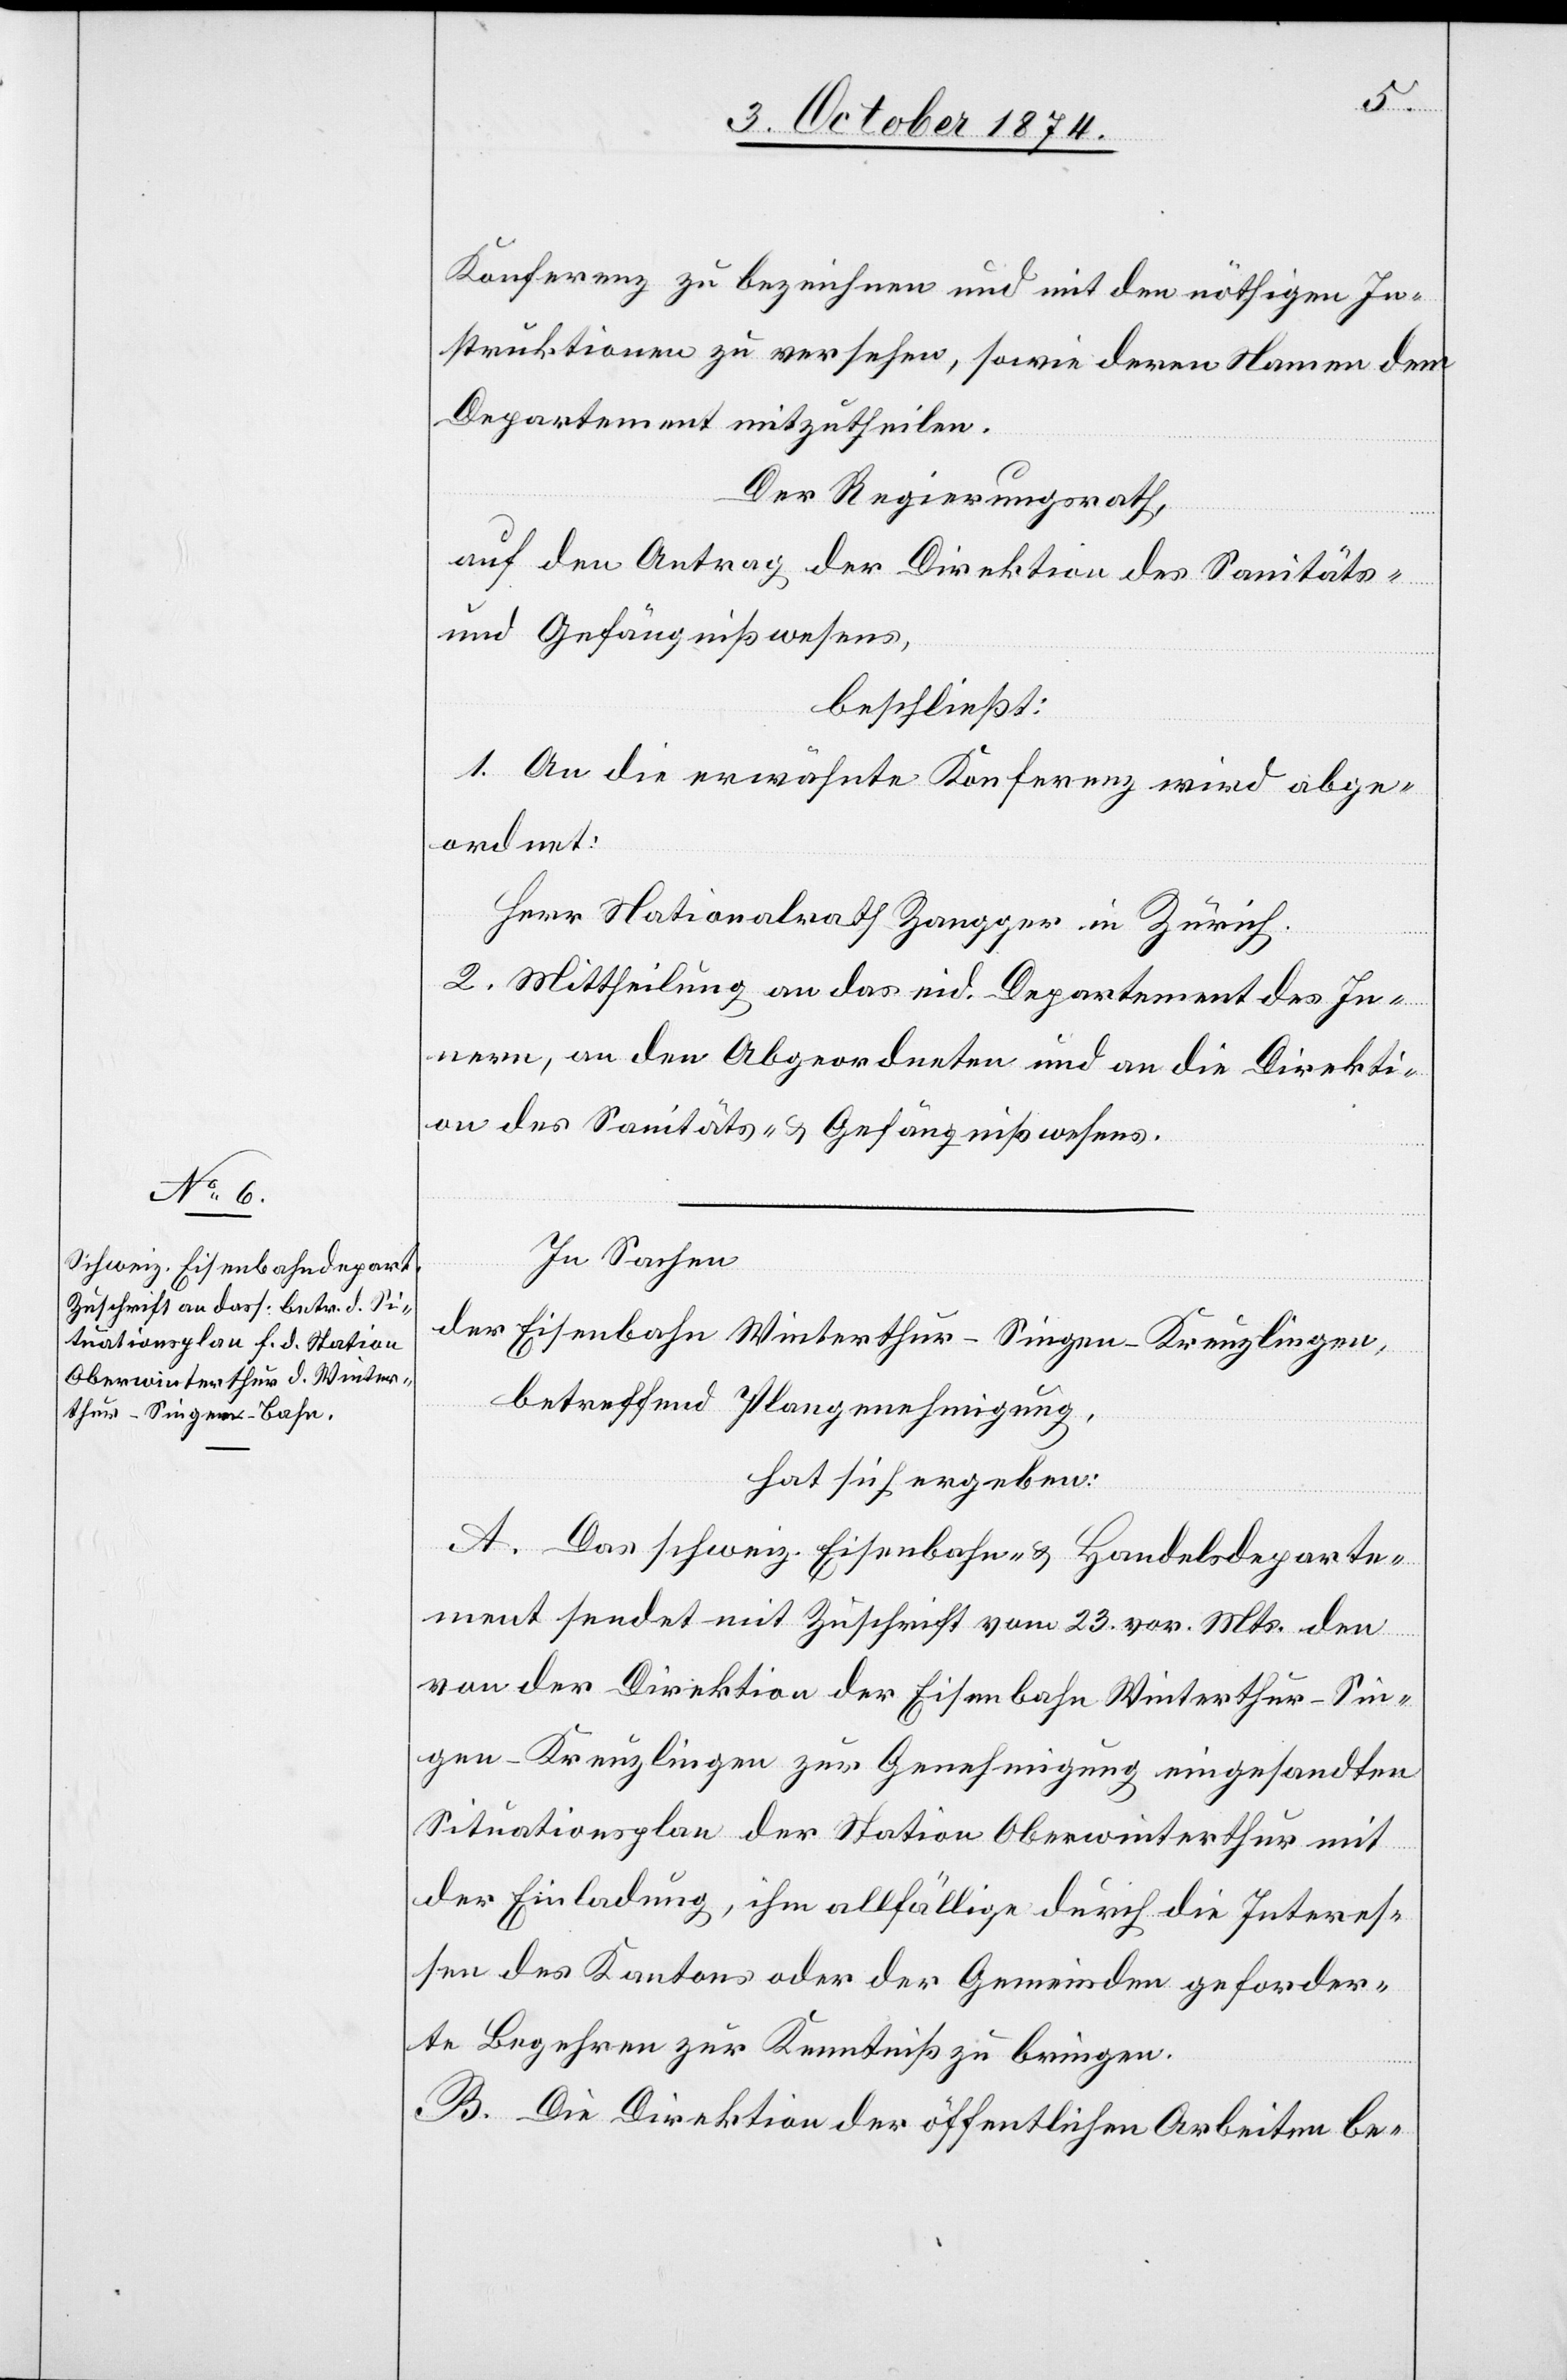
Konferenz zu bezeichnen und mit den nöthigen In¬
struktionen zu versehen, sowie deren Namen dem
Departement mitzutheilen.
Der Regierungsrath,
auf den Antrag der Direktion des Sanitäts-
und Gefängnißwesens,
beschließt:
1. An die erwähnte Konferenz wird abge¬
ordnet:
Herr Nationalrath Zangger in Zürich.
2. Mittheilung an das eid. Departement des In¬
nern, an den Abgeordneten und an die Direkti¬
on des Sanitäts- & Gefängnißwesens.
In Sachen
der Eisenbahn Winterthur–Singen–Kreuzlingen,
betreffend Plangenehmigung,
hat sich ergeben:
A. Das schweiz. Eisenbahn- & Handelsdeparte¬
ment sendet mit Zuschrift vom 23. vor. Mts. den
von der Direktion der Eisenbahn Winterthur–Sin¬
gen–Kreuzlingen zur Genehmigung eingesandten
Situationsplan der Station Oberwinterthur mit
der Einladung, ihm allfällige durch die Interes¬
sen des Kantons oder der Gemeinden geforder¬
te Begehren zur Kenntniß zu bringen.
B. Die Direktion der öffentlichen Arbeiten be-